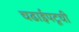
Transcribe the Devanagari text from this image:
चढाईपटूची